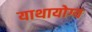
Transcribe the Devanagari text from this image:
याथायोग्य